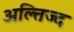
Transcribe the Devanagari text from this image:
अल्तिज्द